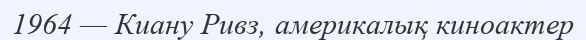
1964 — Киану Ривз, америкалық киноактер